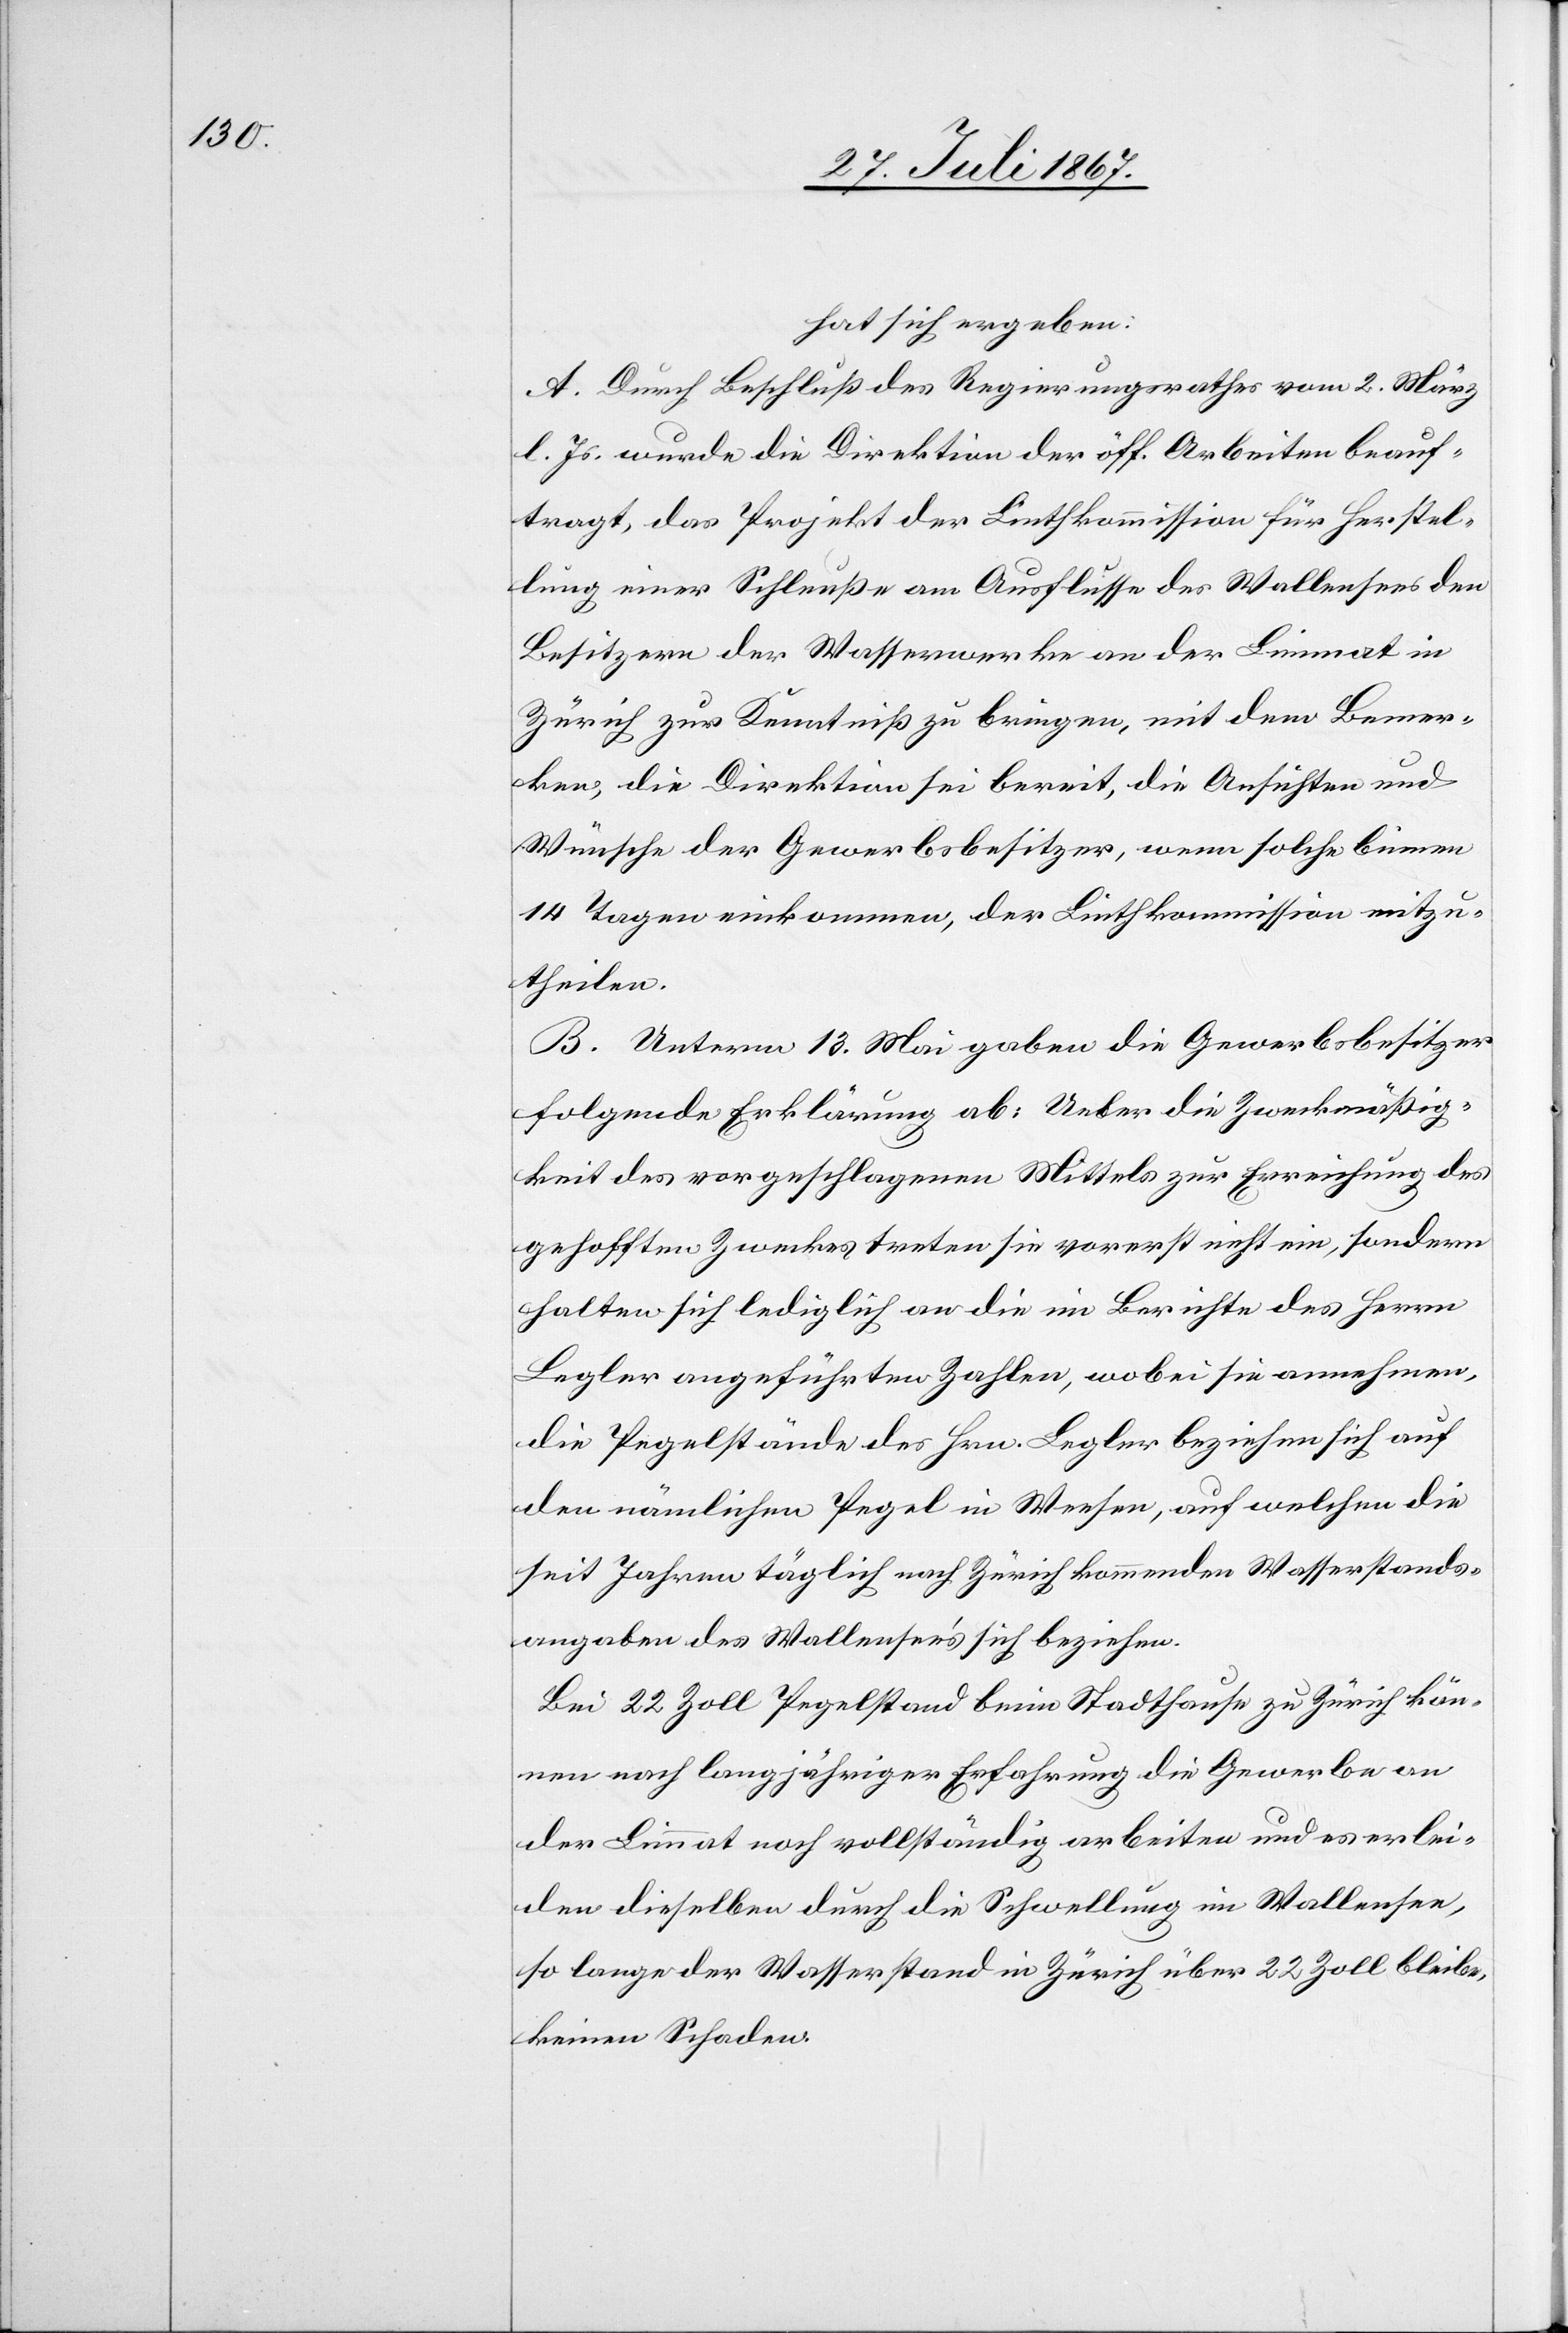
hat sich ergeben:
A. Durch Beschluß des Regierungsrathes vom 2. März
l. Js. wurde die Direktion der öff. Arbeiten beauf¬
tragt, das Projekt der Linthkommission für Herstel¬
lung einer Schleuße am Ausflusse des Wallensees den
Besitzern der Wasserwerke an der Limmat in
Zürich zur Kenntniß zu bringen, mit dem Bemer¬
ken, die Direktion sei bereit, die Ansichten und
Wünsche der Gewerbsbesitzer, wenn solche binnen
14 Tagen einkommen, der Linthkommission mitzu¬
theilen.
B. Unterm 13. Mai gaben die Gewerbsbesitzer
folgende Erklärung ab: Ueber die Zweckmäßig¬
keit des vorgeschlagenen Mittels zur Erreichung des
gehofften Zweckes treten sie vorerst nicht ein, sondern
halten sich lediglich an die im Berichte des Herrn
Begler angeführten Zahlen, wobei sie annehmen,
die Pegelstände des Hrn. Begler beziehen sich auf
den nämlichen Pegel in Weesen, auf welchen die
seit Jahre täglich nach Zürich kommenden Wasserstandes¬
angaben des Wallensee’s sich beziehen.
Bei 22 Zoll Pegelstand beim Stadthause zu Zürich kön¬
nen nach langjähriger Erfahrung die Gewerbe an
der Limmat noch vollständig arbeiten und es erlei¬
den dieselben durch die Schwellung im Wallensee,
so lange der Wasserstand in Zürich über 22 Zoll bleibe,
keinen Schaden.